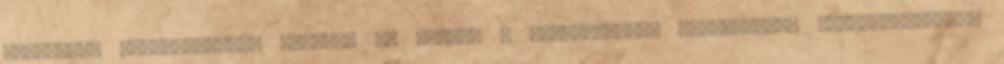
kötelesek biztonságosan őrizni, és védeni a jogosulatlan hozzáférés, megváltoztatás,